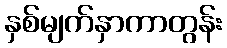
နှစ်မျက်နှာကာတွန်း